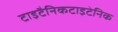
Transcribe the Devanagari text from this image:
टाइटैनिकटाइटेनिक